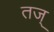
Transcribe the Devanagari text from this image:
तज्